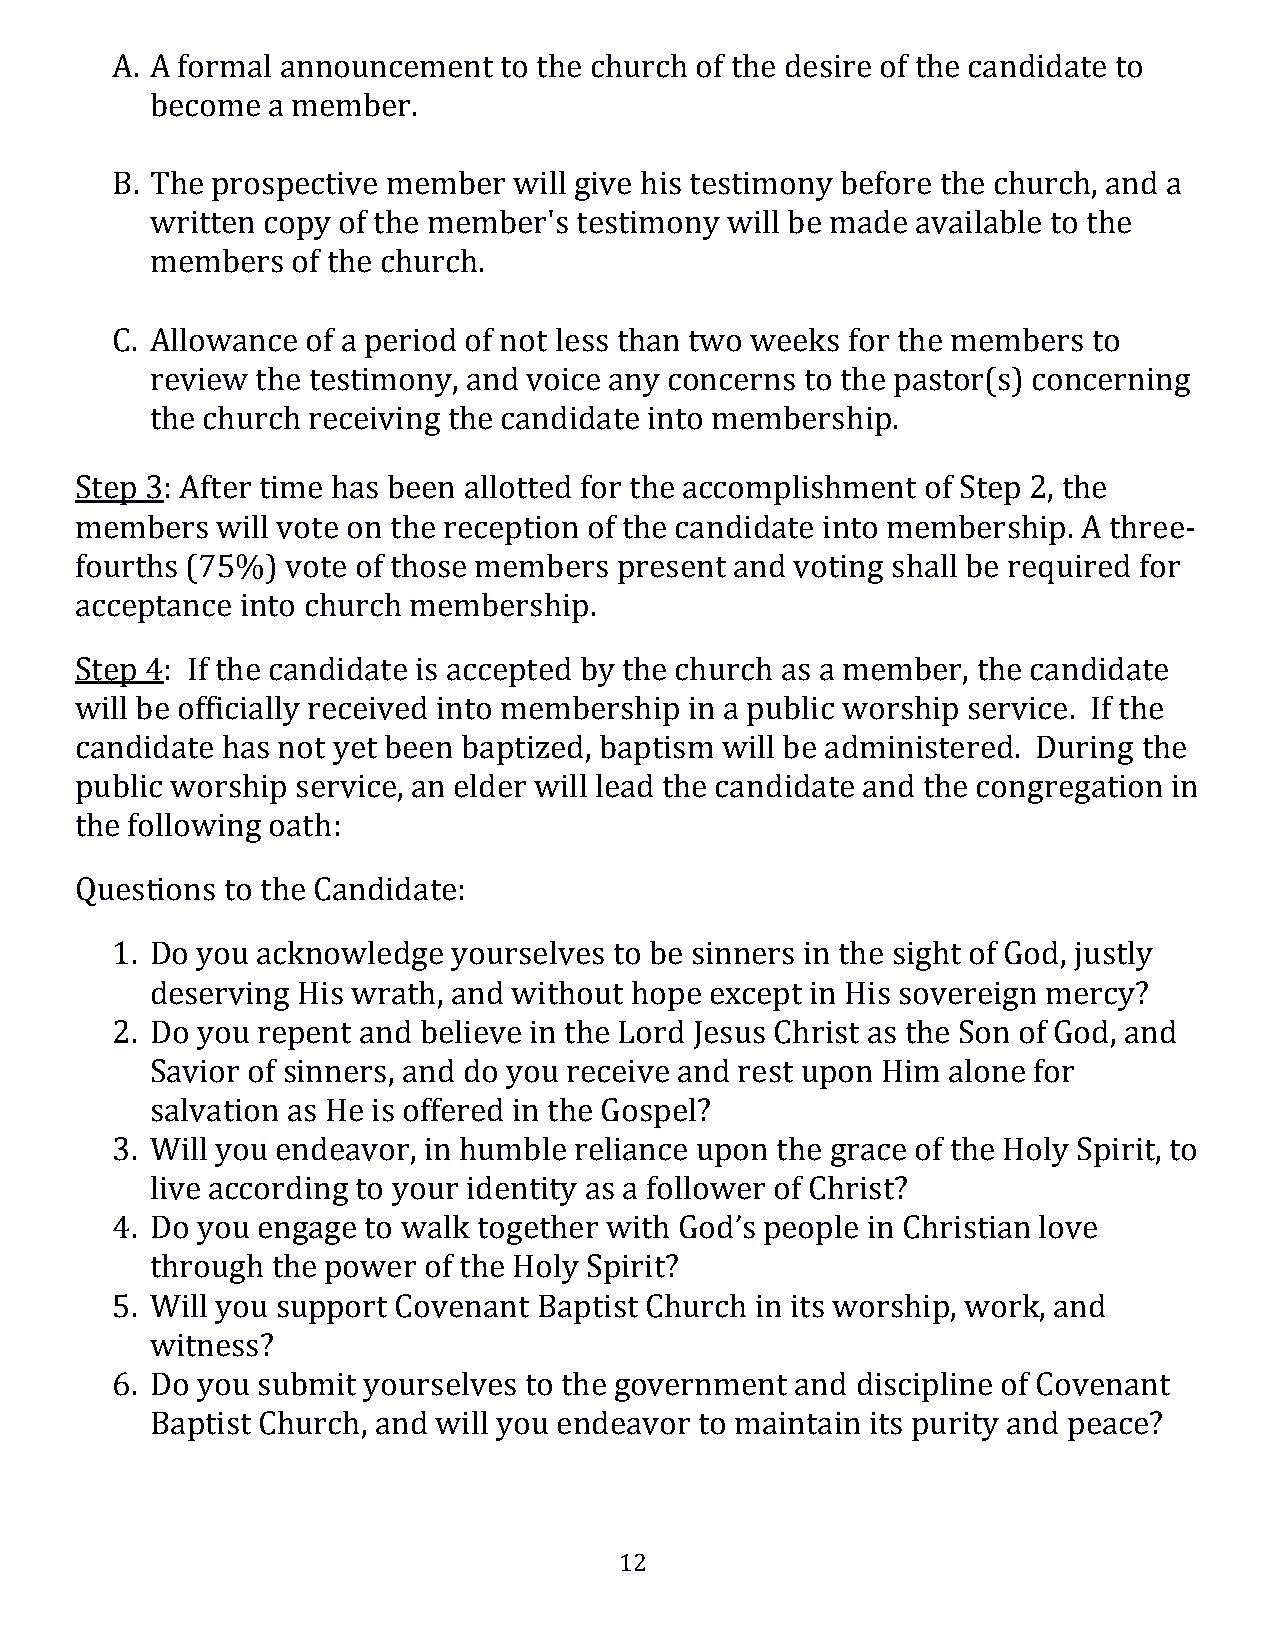
A. A formal announcement  to the church of the desire of the candidate to
 become  a member.
 B. The prospective member  will give his testimony before the church, and a
 written copy of the member's testimony will be made available to the
 members  of the church.
 C. Allowance of a period of not less than two weeks for the members to
 review the testimony, and voice any concerns to the pastor(s) concerning
 the church receiving the candidate into membership.
 Step 3: After time has been allotted for the accomplishment of Step 2, the
 members  will vote on the reception of the candidate into membership. A three-
 fourths (75%) vote of those members present and voting shall be required for
 acceptance into church membership.
 Step 4: If the candidate is accepted by the church as a member, the candidate
 will be officially received into membership in a public worship service. If the
 candidate has not yet been baptized, baptism will be administered. During the
 public worship service, an elder will lead the candidate and the congregation in
 the following oath:
 Questions to the Candidate:
 1. Do you acknowledge  yourselves to be sinners in the sight of God, justly
 deserving His wrath, and without hope except in His sovereign mercy?
 2. Do you repent and believe in the Lord Jesus Christ as the Son of God, and
 Savior of sinners, and do you receive and rest upon Him alone for
 salvation as He is offered in the Gospel?
 3. Will you endeavor, in humble reliance upon the grace of the Holy Spirit, to
 live according to your identity as a follower of Christ?
 4. Do you engage to walk together with God’s people in Christian love
 through the power of the Holy Spirit?
 5. Will you support Covenant Baptist Church in its worship, work, and
 witness?
 6. Do you submit yourselves to the government and discipline of Covenant
 Baptist Church, and will you endeavor to maintain its purity and peace?
 12